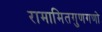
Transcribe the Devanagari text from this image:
रामामितगुणगणो